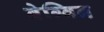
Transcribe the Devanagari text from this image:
बेग्विन